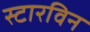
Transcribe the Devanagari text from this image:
स्टारविन